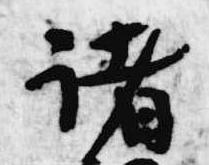
諸